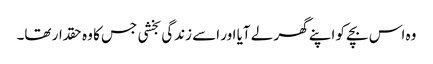
وہ اس بچے کو اپنے گھر لے آیا اور اسے زندگی بخشی جس کا وہ حقدار تھا۔